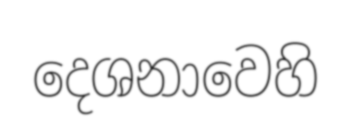
දෙශනාවෙහි